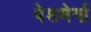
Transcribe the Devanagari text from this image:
पेशमेर्गा